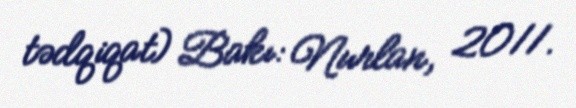
tədqiqat) Bakı: Nurlan, 2011.